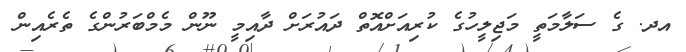
އދ. ގެ ސަލާމަތީ މަޖިލީހުގެ ކުރިއަށްއޮތް ދައުރަށް ދާއިމީ ނޫން މެމްބަރުންގެ ތެރެއިން